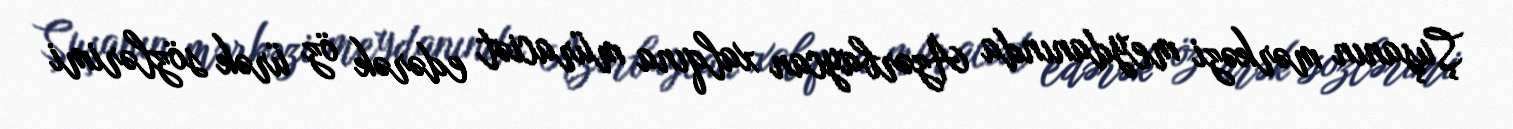
Şuşanın mərkəzi meydanında Azərbaycan xalqına müraciət edərək öz ürək sözlərimi